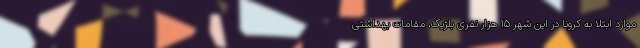
موارد ابتلا به کرونا در این شهر 15 هزار نفری بلژیک، مقامات بهداشتی